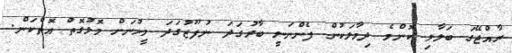
ރާއްޖޭގަ ބަލާލި ކޮންމެ ދިމާލަކުން ފެންނަނީ ބާރުގަދަ ނުފޫޒުގަދަ މީހުނަށް މޮޅުގޮތް އޮތްކަން.